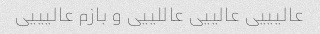
عالیییی عالییی عاللییی و بازم عالیییی